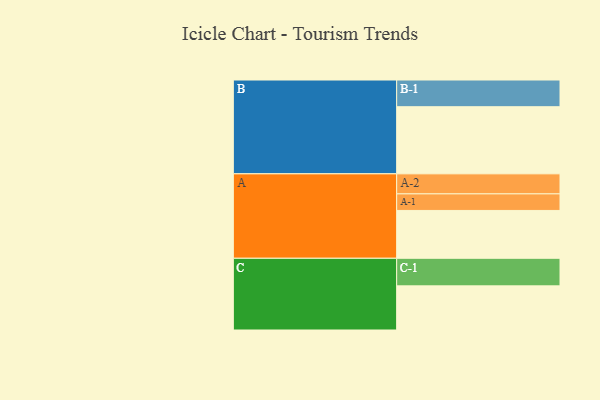
{"axis": {"x": "Segment", "y": "Value"}, "legend": ["", "A", "B", "C"], "data": [{"x": "A", "y": 387, "type": ""}, {"x": "B", "y": 543, "type": ""}, {"x": "C", "y": 357, "type": ""}, {"x": "A-1", "y": 134, "type": "A"}, {"x": "A-2", "y": 162, "type": "A"}, {"x": "B-1", "y": 216, "type": "B"}, {"x": "C-1", "y": 223, "type": "C"}]}